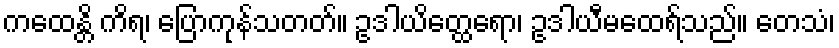
ကထေန္တိ ကိရ၊ ပြောကုန်သတတ်။ ဥဒါယိတ္ထေရော၊ ဥဒါယီမထေရ်သည်။ တေသံ၊